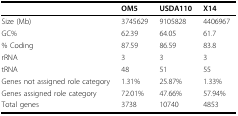
<table><thead><tr><td></td><td><b>OM5</b></td><td><b>USDA110</b></td><td><b>X14</b></td></tr></thead><tbody><tr><td>Size (Mb)</td><td>3745629</td><td>9105828</td><td>4406967</td></tr><tr><td>GC%</td><td>62.39</td><td>64.05</td><td>61.7</td></tr><tr><td>% Coding</td><td>87.59</td><td>86.59</td><td>83.8</td></tr><tr><td>rRNA</td><td>3</td><td>3</td><td>3</td></tr><tr><td>tRNA</td><td>48</td><td>51</td><td>55</td></tr><tr><td>Genes not assigned role category</td><td>1.31%</td><td>25.87%</td><td>1.33%</td></tr><tr><td>Genes assigned role category</td><td>72.01%</td><td>47.66%</td><td>57.94%</td></tr><tr><td>Total genes</td><td>3738</td><td>10740</td><td>4853</td></tr></tbody></table>